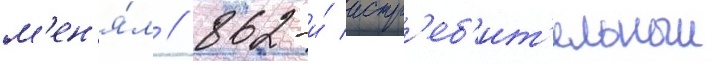
м'ен'я́л // 862-и́ истр'еб'ит'ельныи